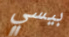
بيسي